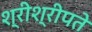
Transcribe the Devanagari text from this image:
श्रीश्रीपते